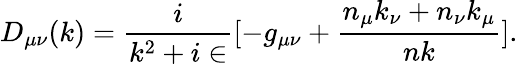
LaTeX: D_{\mu\nu}(k)={\frac{i}{k^{2}+i\in}}[-g_{\mu\nu}+{\frac{n_{\mu}k_{\nu}+n_{\nu}k_{\mu}}{nk}}].